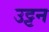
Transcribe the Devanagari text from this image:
उट्टन